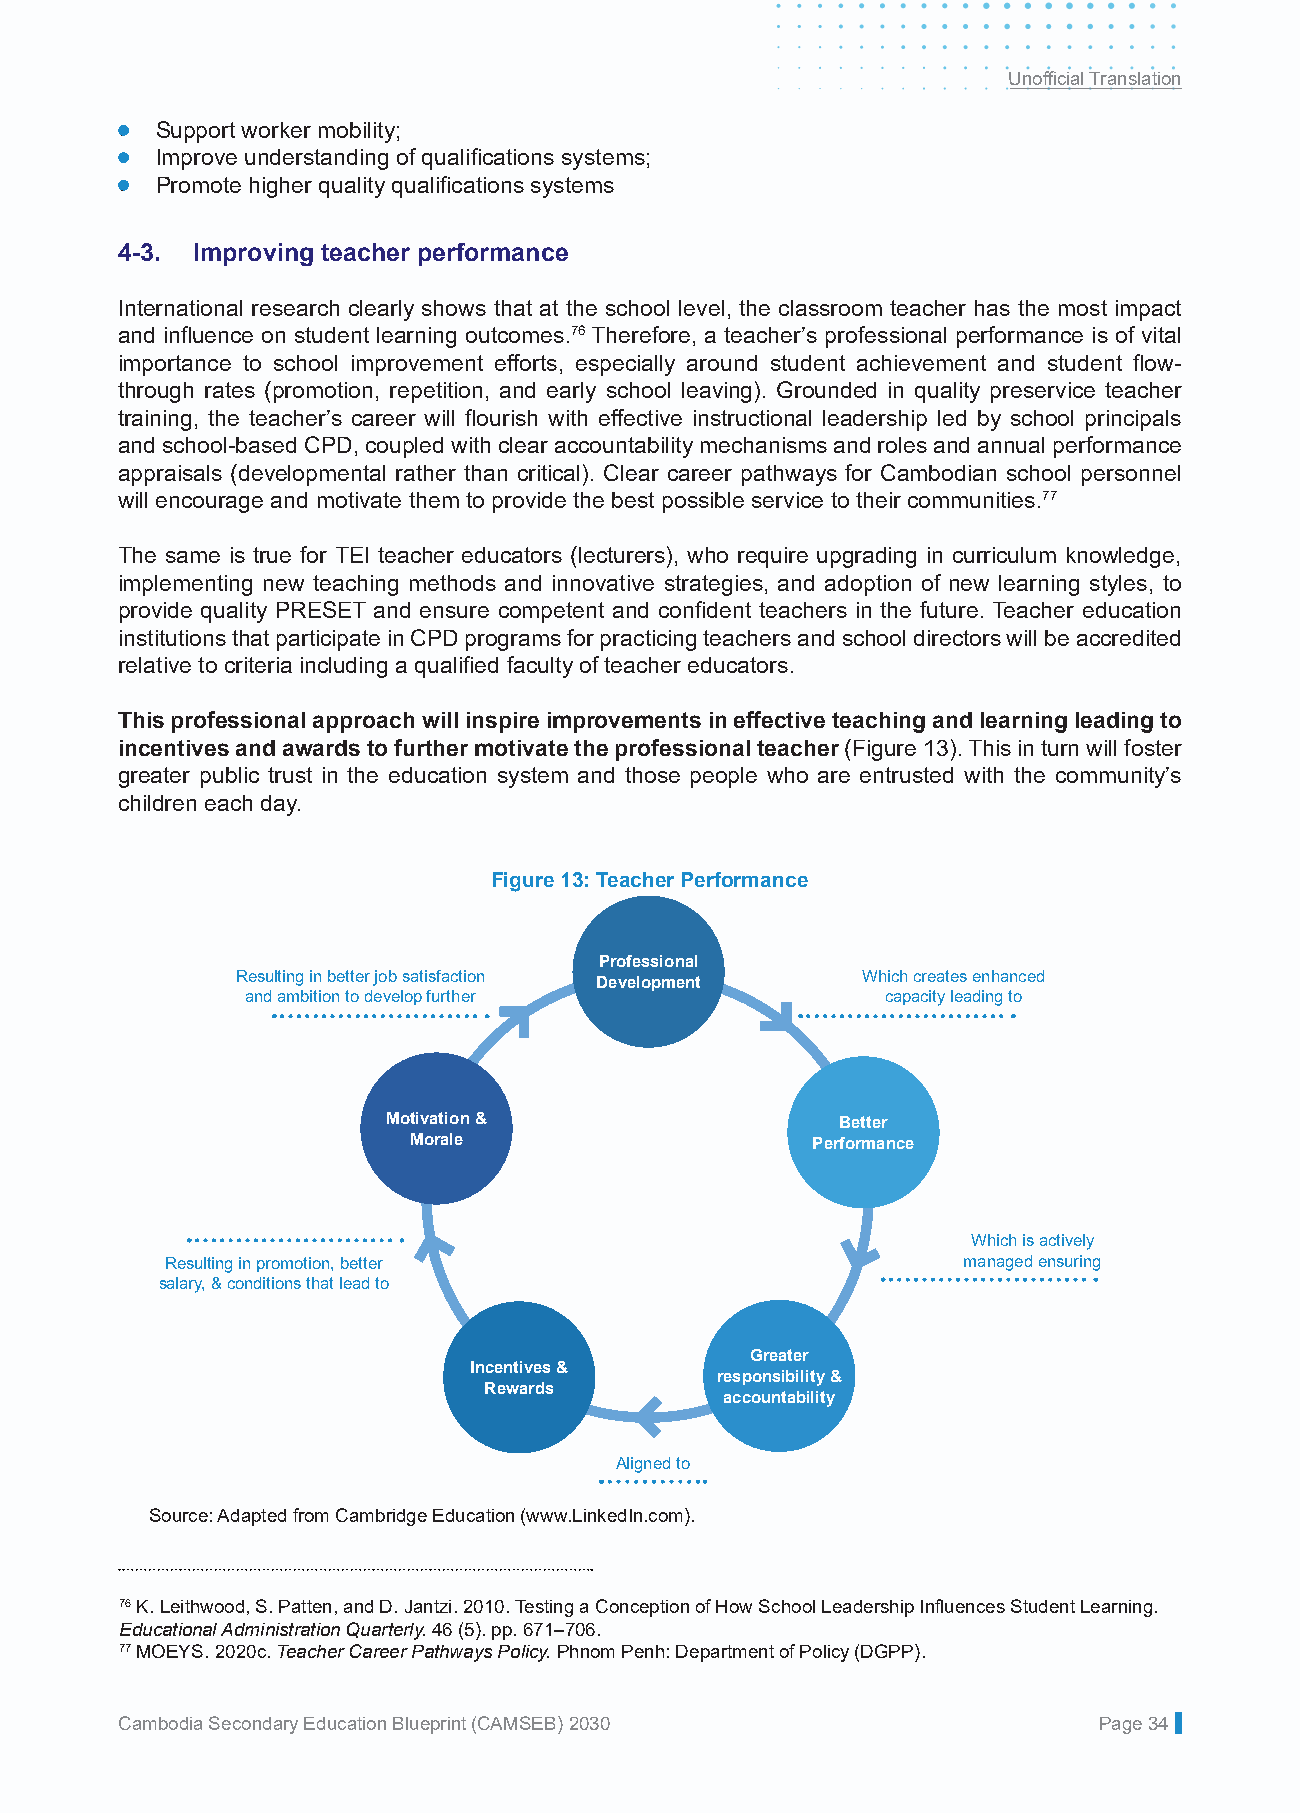
Unofficial Translation
 • Support worker mobility;
 • Improve understanding of qualifications systems;
 • Promote higher quality qualifications systems
 4-3. Improving teacher performance
 International research clearly shows that at the school level, the classroom teacher has the most impact
 and influence on student learning outcomes.76 Therefore, a teacher’s professional performance is of vital
 importance to school improvement efforts, especially around student achievement and student flow-
 through rates (promotion, repetition, and early school leaving). Grounded in quality preservice teacher
 training, the teacher’s career will flourish with effective instructional leadership led by school principals
 and school-based CPD, coupled with clear accountability mechanisms and roles and annual performance
 appraisals (developmental rather than critical). Clear career pathways for Cambodian school personnel
 will encourage and motivate them to provide the best possible service to their communities.77
 The same is true for TEI teacher educators (lecturers), who require upgrading in curriculum knowledge,
 implementing new teaching methods and innovative strategies, and adoption of new learning styles, to
 provide quality PRESET and ensure competent and confident teachers in the future. Teacher education
 institutions that participate in CPD programs for practicing teachers and school directors will be accredited
 relative to criteria including a qualified faculty of teacher educators.
 This professional approach will inspire improvements in effective teaching and learning leading to
 incentives and awards to further motivate the professional teacher (Figure 13). This in turn will foster
 greater public trust in the education system and those people who are entrusted with the community’s
 children each day.
 Figure 13: Teacher Performance
 Professional
 Resulting in better job satisfaction     Which creates enhanced
 Development
 and ambition to develop further            capacity leading to
 Motivation &                  Better
 Morale                     Performance
 Which is actively
 Resulting in promotion, better                       managed ensuring
 salary, & conditions that lead to
 Greater
 Incentives &
 responsibility &
 Rewards
 accountability
 Aligned to
 Source: Adapted from Cambridge Education (www.LinkedIn.com).
 76 K. Leithwood, S. Patten, and D. Jantzi. 2010. Testing a Conception of How School Leadership Influences Student Learning.
 Educational Administration Quarterly. 46 (5). pp. 671–706.
 77 MOEYS. 2020c. Teacher Career Pathways Policy. Phnom Penh: Department of Policy (DGPP).
 Cambodia Secondary Education Blueprint (CAMSEB) 2030             Page 34